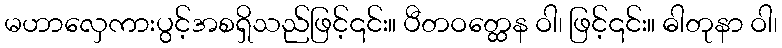
မဟာလှေကားပွင့်အစရှိသည်ဖြင့်၎င်း။ ပီတဝတ္ထေန ဝါ၊ ဖြင့်၎င်း။ ဓါတုနာ ဝါ၊